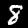
Digit: 8